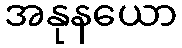
အနုနယော